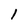
Character: 1